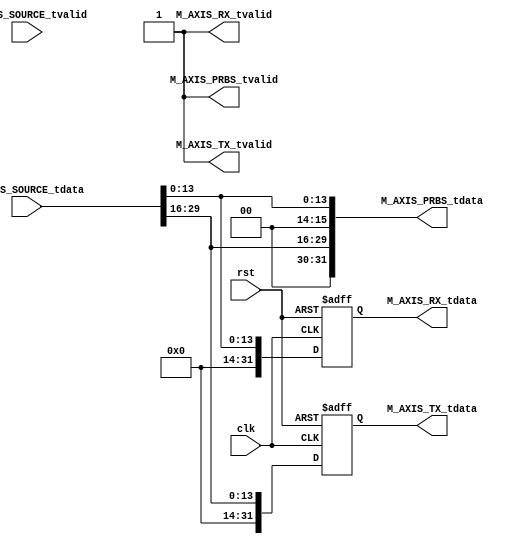
`timescale 1ns / 1ps
//////////////////////////////////////////////////////////////////////////////////
// Company: 
// Engineer: 
// 
// Design Name: 
// Module Name: ADC_ROUTE
// Project Name: 
// Target Devices: 
// Tool Versions: 
// Description: 
// 
// Dependencies: 
// 
// Revision:
// Revision 0.01 - File Created
// Additional Comments:
// 
//////////////////////////////////////////////////////////////////////////////////


module ADC_ROUTE(input clk, input rst,
    (* X_INTERFACE_PARAMETER = "FREQ_HZ 125000000" *)
    input [31:0]        S_AXIS_SOURCE_tdata,
    input               S_AXIS_SOURCE_tvalid,
    (* X_INTERFACE_PARAMETER = "FREQ_HZ 125000000" *)
    output wire [31:0]  M_AXIS_RX_tdata, //contains channel 1 phase error
    output wire         M_AXIS_RX_tvalid,
    (* X_INTERFACE_PARAMETER = "FREQ_HZ 125000000" *)
    output wire [31:0]  M_AXIS_TX_tdata, //contains channel 1 phase error
    output wire         M_AXIS_TX_tvalid,
    (* X_INTERFACE_PARAMETER = "FREQ_HZ 125000000" *)
    output wire [31:0]  M_AXIS_PRBS_tdata, //contains channel 1 phase error
    output wire         M_AXIS_PRBS_tvalid);
    
    reg [31:0] RX;
    reg [31:0] TX;
    
    assign M_AXIS_RX_tdata = RX;
    assign M_AXIS_TX_tdata = TX;
    assign M_AXIS_PRBS_tdata = {2'd0, S_AXIS_SOURCE_tdata[29:16], 2'd0, S_AXIS_SOURCE_tdata[13:0]};
    
    assign M_AXIS_PRBS_tvalid = 1'b1;
    assign M_AXIS_RX_tvalid = 1'b1;
    assign M_AXIS_TX_tvalid = 1'b1;
    
    always @ (posedge clk or posedge rst) begin
        if(rst) begin
            RX <= 0;
            TX <= 0;
        end
        else begin
            RX = {18'd0, S_AXIS_SOURCE_tdata[13:0]};
            TX = {18'd0, S_AXIS_SOURCE_tdata[29:16]};
        end
    end
endmodule